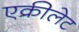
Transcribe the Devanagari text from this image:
एक्रीलेट